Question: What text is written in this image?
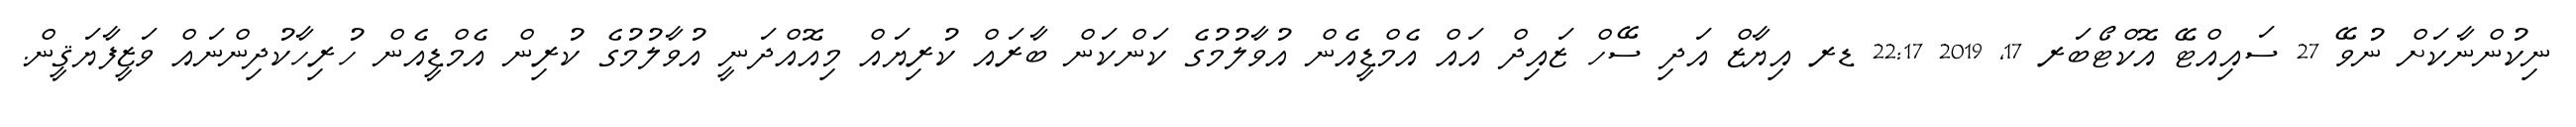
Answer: ނިކުންނާކަށް ނުވޭ 27 ސައިއްޓޭ އޮކްޓޯބަރ 17, 2019 22:17 ޑރ އިޔާޒް އަދި ސޭހް ޒައިދް އައް އެމްޑީއެން އުވާލުމުގެ ކަންކަން ބާރައް ކުރިޔައް މިއޮއްދަނީ އުވާލުމުގެ ކުރިން އެމްޑީއެން ހުރިހާކުދިންނައް ވަޒީފާޔަޤީން.